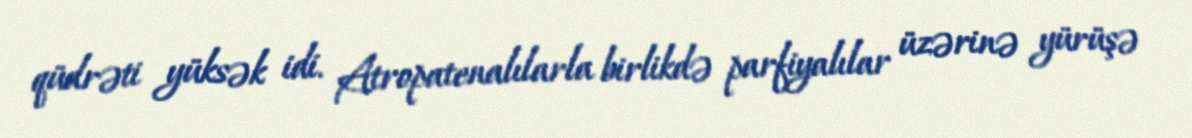
qüdrəti yüksək idi. Atropatenalılarla birlikdə parfiyalılar üzərinə yürüşə